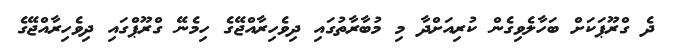
ދެ ގްރޫޕަކަށް ބަހާލެވިގެން ކުރިއަށްދާ މި މުބާރާތުގައި ދިވެހިރާއްޖޭގެ ހިމެނޭ ގްރޫޕްގައި ދިވެހިރާއްޖޭގެ